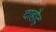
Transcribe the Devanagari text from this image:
दाहौद्